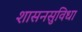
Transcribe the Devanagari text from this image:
शासनसुविधा